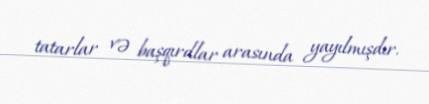
tatarlar və başqırdlar arasında yayılmışdır.